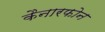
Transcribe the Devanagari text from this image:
कैनारफोन